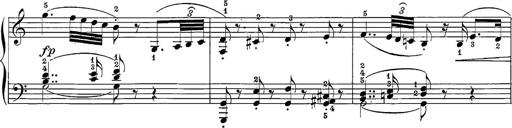
Title: 12 Sonatine per Pianoforte
Composer: Friedrich Kuhlau